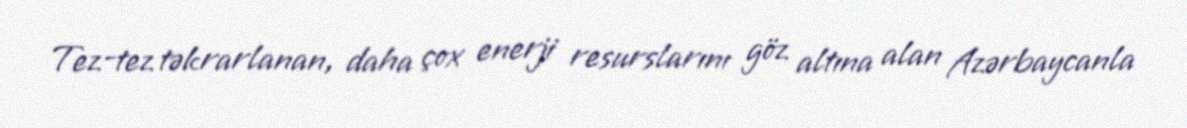
Tez-tez təkrarlanan, daha çox enerji resurslarını göz altına alan Azərbaycanla